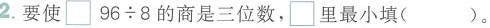
2.要使\Box $$ 96 \div 8 $$的商是三位数，\Box 里最小填()。